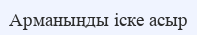
Арманыңды іске асыр